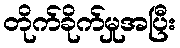
တိုက်ခိုက်မှုအပြီး